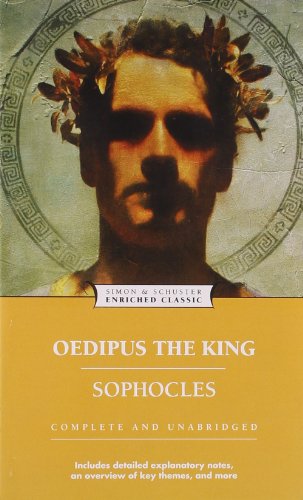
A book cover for Oedipus the King (Enriched Classics); Sophocles; Reference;